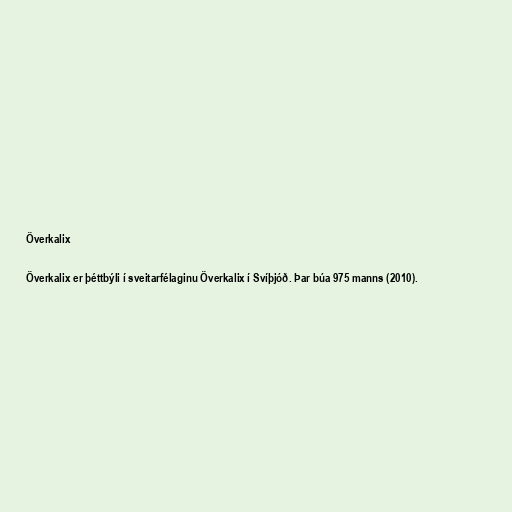
Överkalix

Överkalix er þéttbýli í sveitarfélaginu Överkalix í Svíþjóð. Þar búa 975 manns (2010).